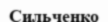
Сильченко